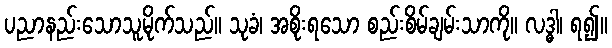
ပညာနည်းသောသူမိုက်သည်။ သုခံ၊ အစိုးရသော စည်းစိမ်ချမ်းသာကို။ လဒ္ဓါ၊ ရ၍။